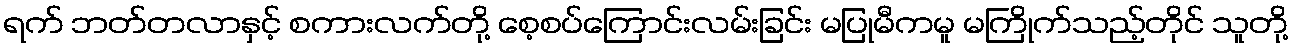
ရက် ဘတ်တလာနှင့် စကားလက်တို့ စေ့စပ်ကြောင်းလမ်းခြင်း မပြုမီကမူ မကြိုက်သည့်တိုင် သူတို့